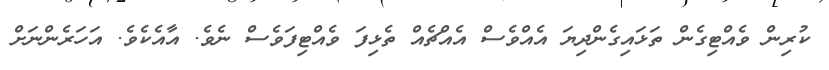
ކުރިން ވެއްޓިގެން ތަޅައިގެންދިޔަ އެއްވެސް އެއްޗެއް ތެޅިފަ ވެއްޓިފަވެސް ނެވެ. އާއެކެވެ. އަހަރެންނަށް